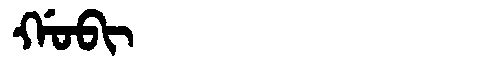
Manchu: ᡤᠣᠪᡳ
Romanization: GOBI